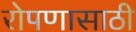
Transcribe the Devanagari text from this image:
रोपणासाठी